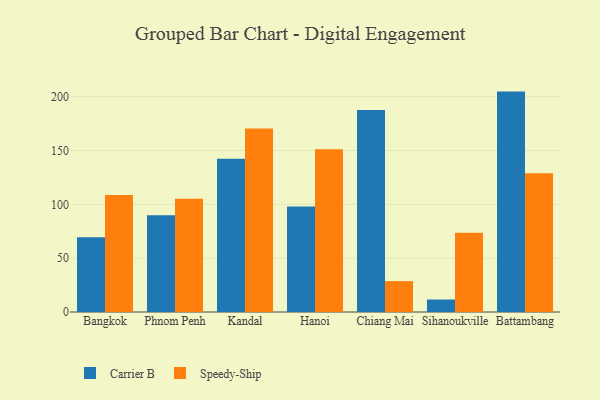
{"axis": {"x": "City", "y": "Operating Costs (USD K)"}, "legend": ["Carrier B", "Speedy-Ship"], "data": [{"x": "Bangkok", "y": 69.4, "type": "Carrier B"}, {"x": "Bangkok", "y": 108.6, "type": "Speedy-Ship"}, {"x": "Phnom Penh", "y": 89.8, "type": "Carrier B"}, {"x": "Phnom Penh", "y": 105.2, "type": "Speedy-Ship"}, {"x": "Kandal", "y": 142.4, "type": "Carrier B"}, {"x": "Kandal", "y": 170.5, "type": "Speedy-Ship"}, {"x": "Hanoi", "y": 98.0, "type": "Carrier B"}, {"x": "Hanoi", "y": 151.1, "type": "Speedy-Ship"}, {"x": "Chiang Mai", "y": 187.7, "type": "Carrier B"}, {"x": "Chiang Mai", "y": 28.7, "type": "Speedy-Ship"}, {"x": "Sihanoukville", "y": 11.6, "type": "Carrier B"}, {"x": "Sihanoukville", "y": 73.7, "type": "Speedy-Ship"}, {"x": "Battambang", "y": 204.7, "type": "Carrier B"}, {"x": "Battambang", "y": 128.9, "type": "Speedy-Ship"}]}